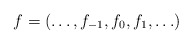
\begin{gather*}f=(\ldots, f_{-1},f_0,f_1,\ldots)\end{gather*}